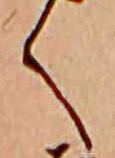
く